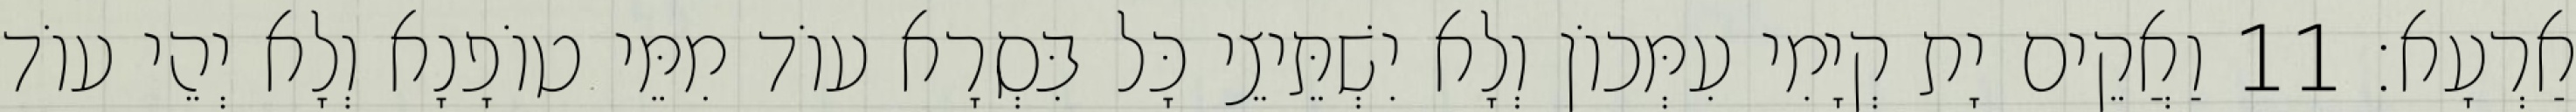
אַרְעָא׃ 11 וַאֲקֵים יָת קְיָמִי עִמְּכוֹן וְלָא יִשְׁתֵּיצֵי כָּל בִּסְרָא עוֹד מִמֵּי טוֹפָנָא וְלָא יְהֵי עוֹד